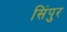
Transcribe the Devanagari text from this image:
सिंपुर